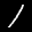
Label: 1